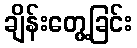
ချိန်းတွေ့ခြင်း